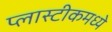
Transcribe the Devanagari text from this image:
प्लास्टीकमध्ये